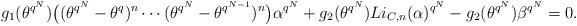
LaTeX: \begin{align*}g_1(\theta^{q^N})\bigr((\theta^{q^N}-\theta^q)^n\cdots(\theta^{q^N}-\theta^{q^{N-1}})^n\bigr)\alpha^{q^N}+g_2(\theta^{q^N})Li_{C,n}(\alpha)^{q^N}-g_2(\theta^{q^N})\beta^{q^N}=0.\end{align*}